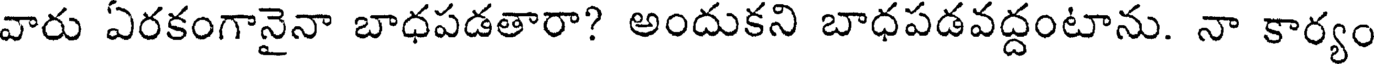
వారు ఏరకంగానైనా బాధపడతారా? అందుకని బాధపడవద్దంటాను. నా కార్యం